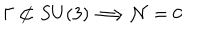
\Gamma \not \subset S U ( 3 ) \Longrightarrow { \cal N } = 0